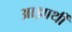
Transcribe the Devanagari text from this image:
आज्ञार्थी